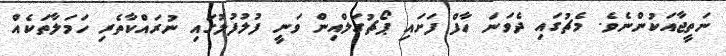
ނަތީޖާއަކުންނެވެ. މެޗުގައި ދެވަނަ ހާފް ފަށައި ޕޯޗުގަލްއިން ވަނީ ފުލުފުލުގައި ނުރައްކާތެރި ހަމަލާތަކެއް